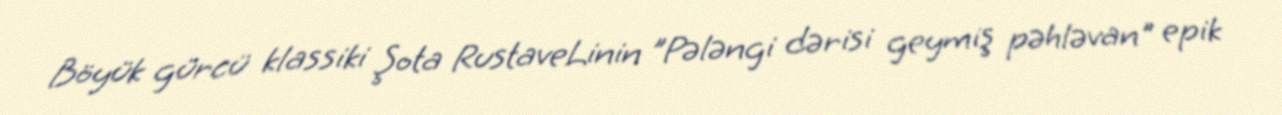
Böyük gürcü klassiki Şota RustaveLinin "Pələngi dərisi geymiş pəhləvan" epik